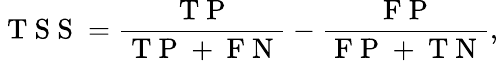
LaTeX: \mathrm{~T~S~S~}=\frac{\mathrm{~T~P~}}{\mathrm{~T~P~+~F~N~}}-\frac{\mathrm{~F~P~}}{\mathrm{~F~P~+~T~N~}},